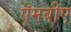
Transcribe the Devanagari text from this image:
ऍमबीए